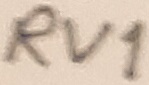
Text: RV1